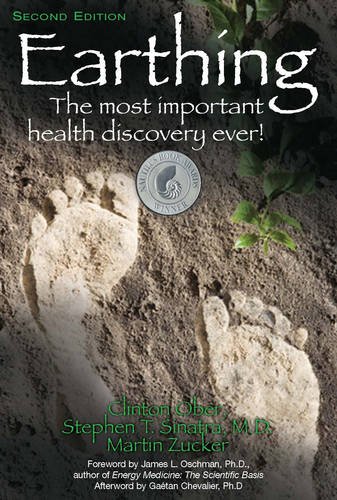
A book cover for Earthing: The Most Important Health Discovery Ever! - 2nd edition; Clinton Ober; Medical Books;